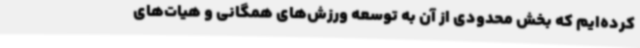
کرده‌ایم که بخش محدودی از آن به توسعه ورزش‌های همگانی و هیات‌های